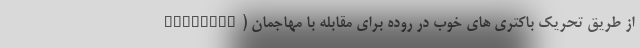
eumoniae) از طریق تحریک باکتری های خوب در روده برای مقابله با مهاجمان